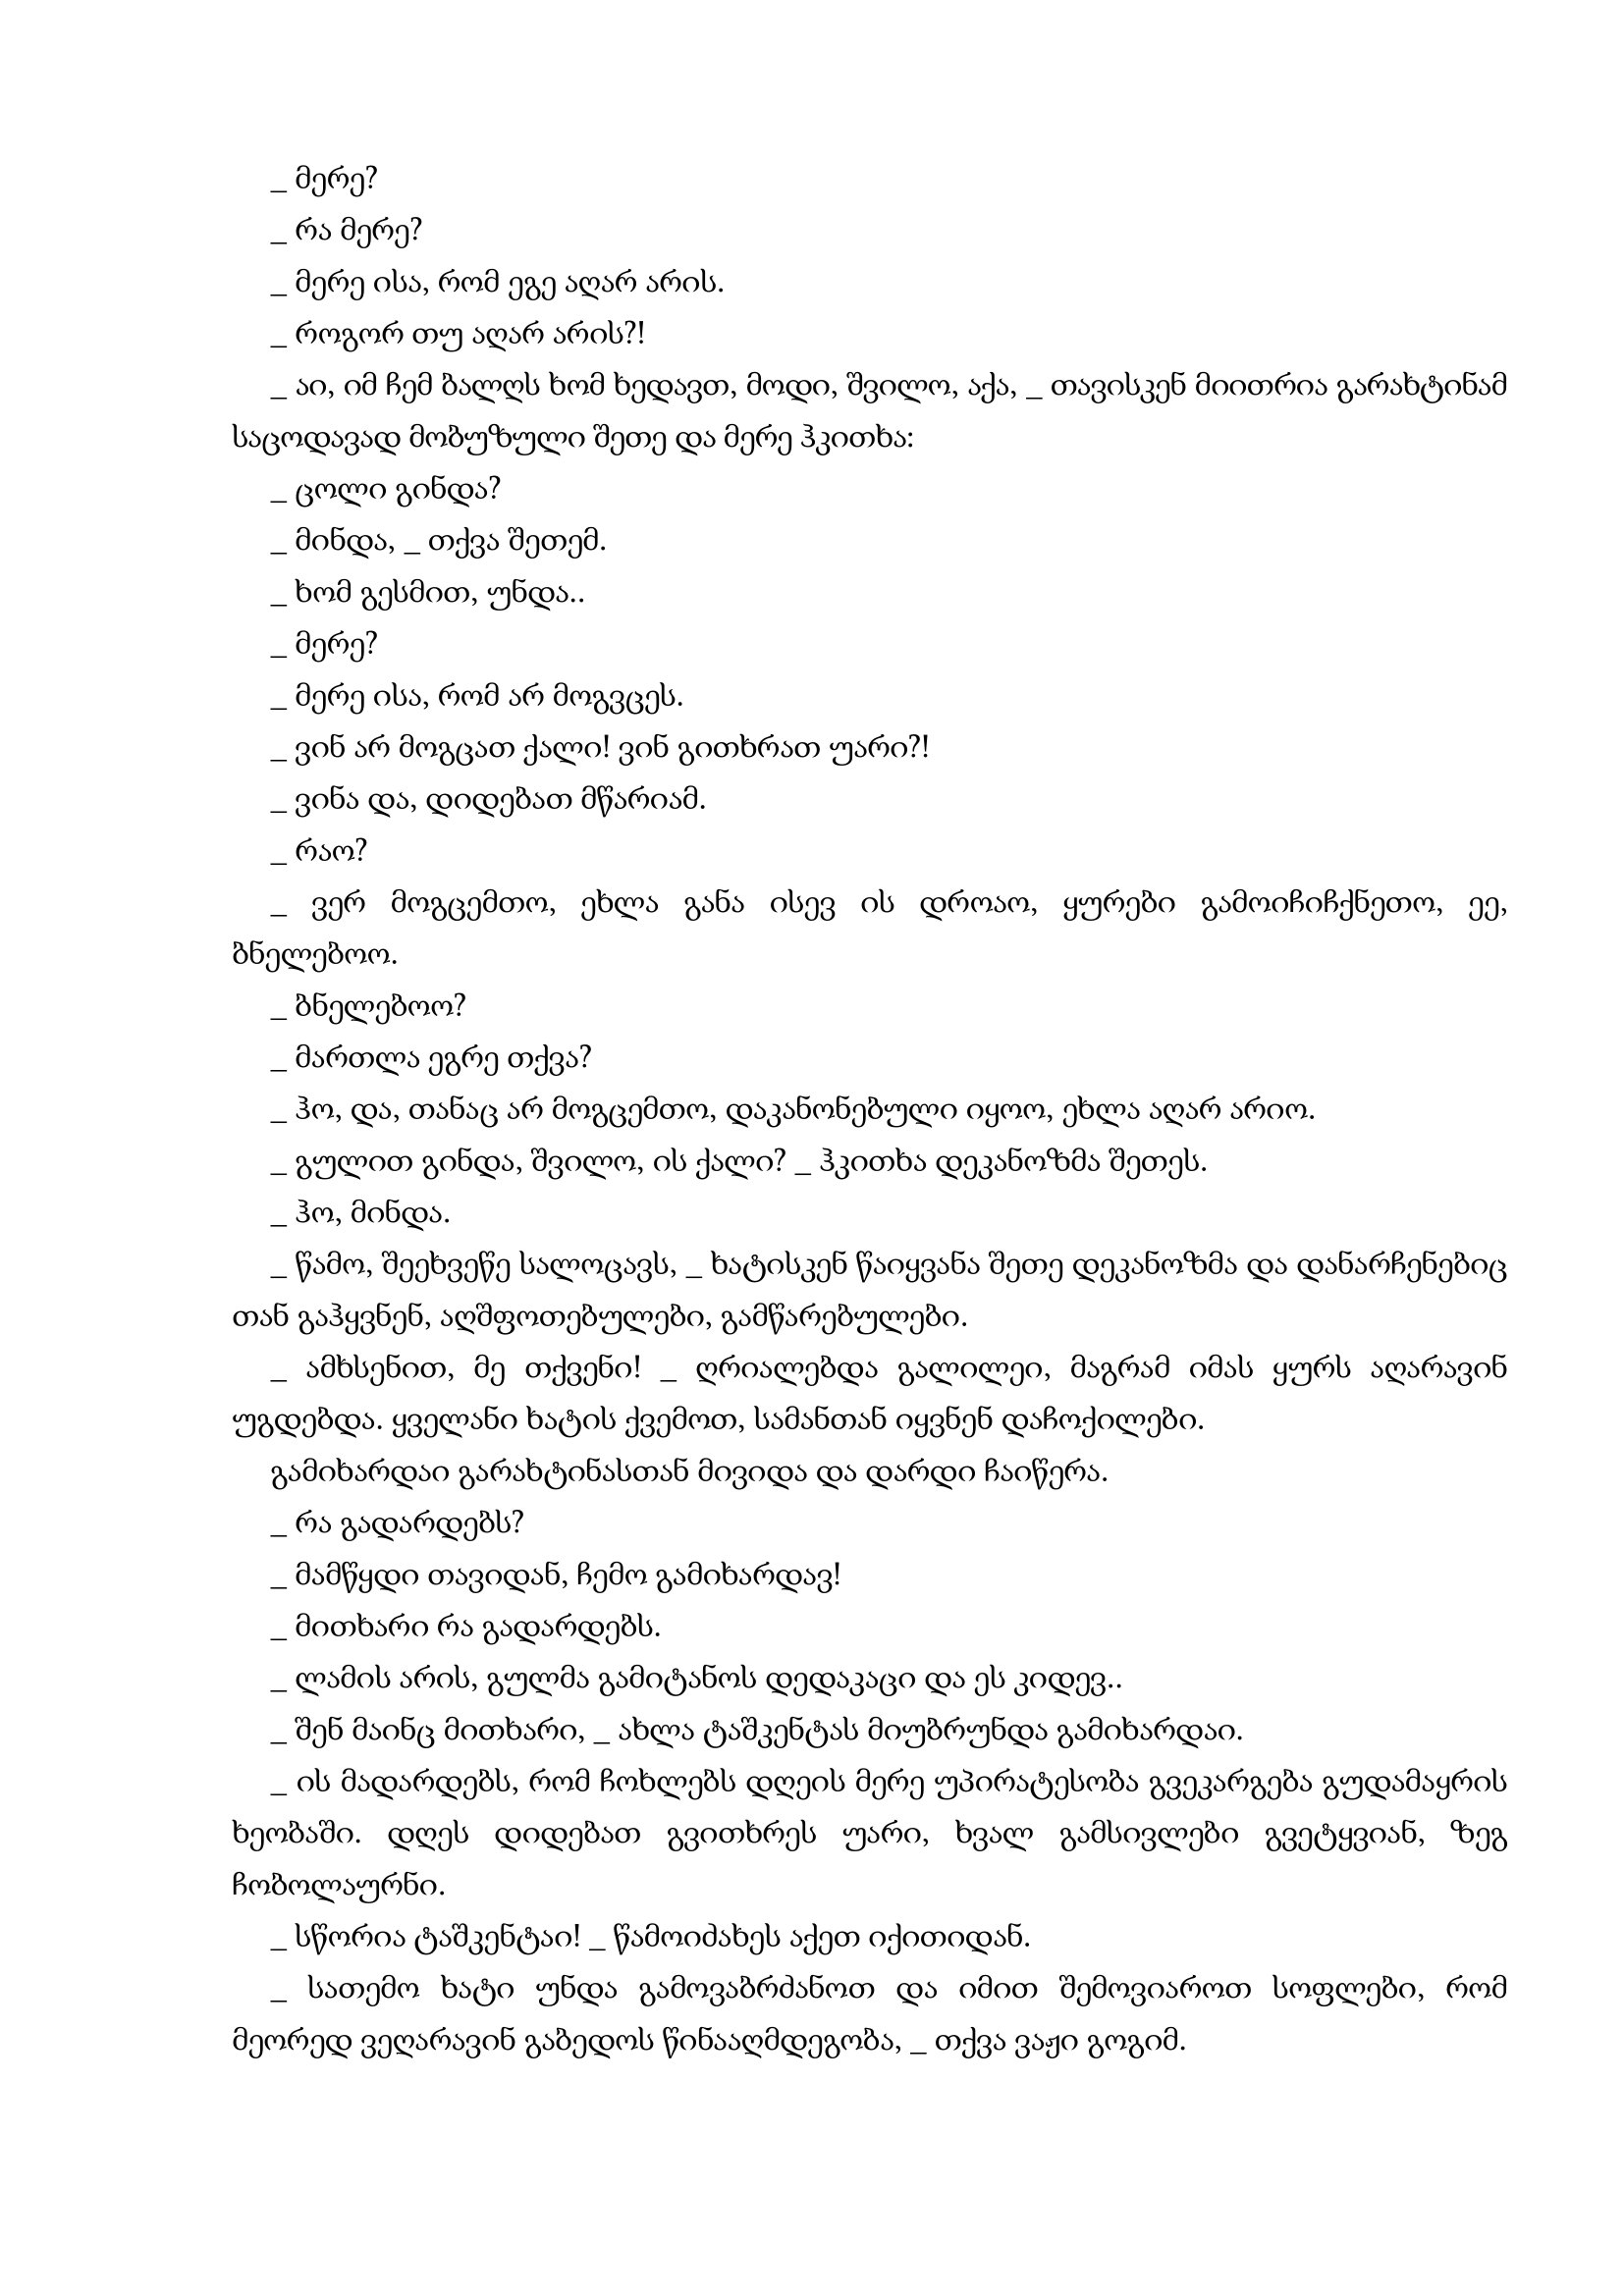
Language: gr